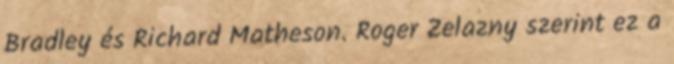
Bradley és Richard Matheson. Roger Zelazny szerint ez a